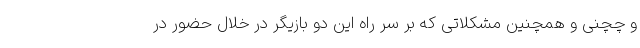
و چچنی و همچنین مشکلاتی که بر سر راه این دو بازیگر در خلال حضور در